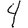
Digit: 4